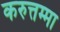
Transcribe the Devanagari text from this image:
करुत्तम्मा